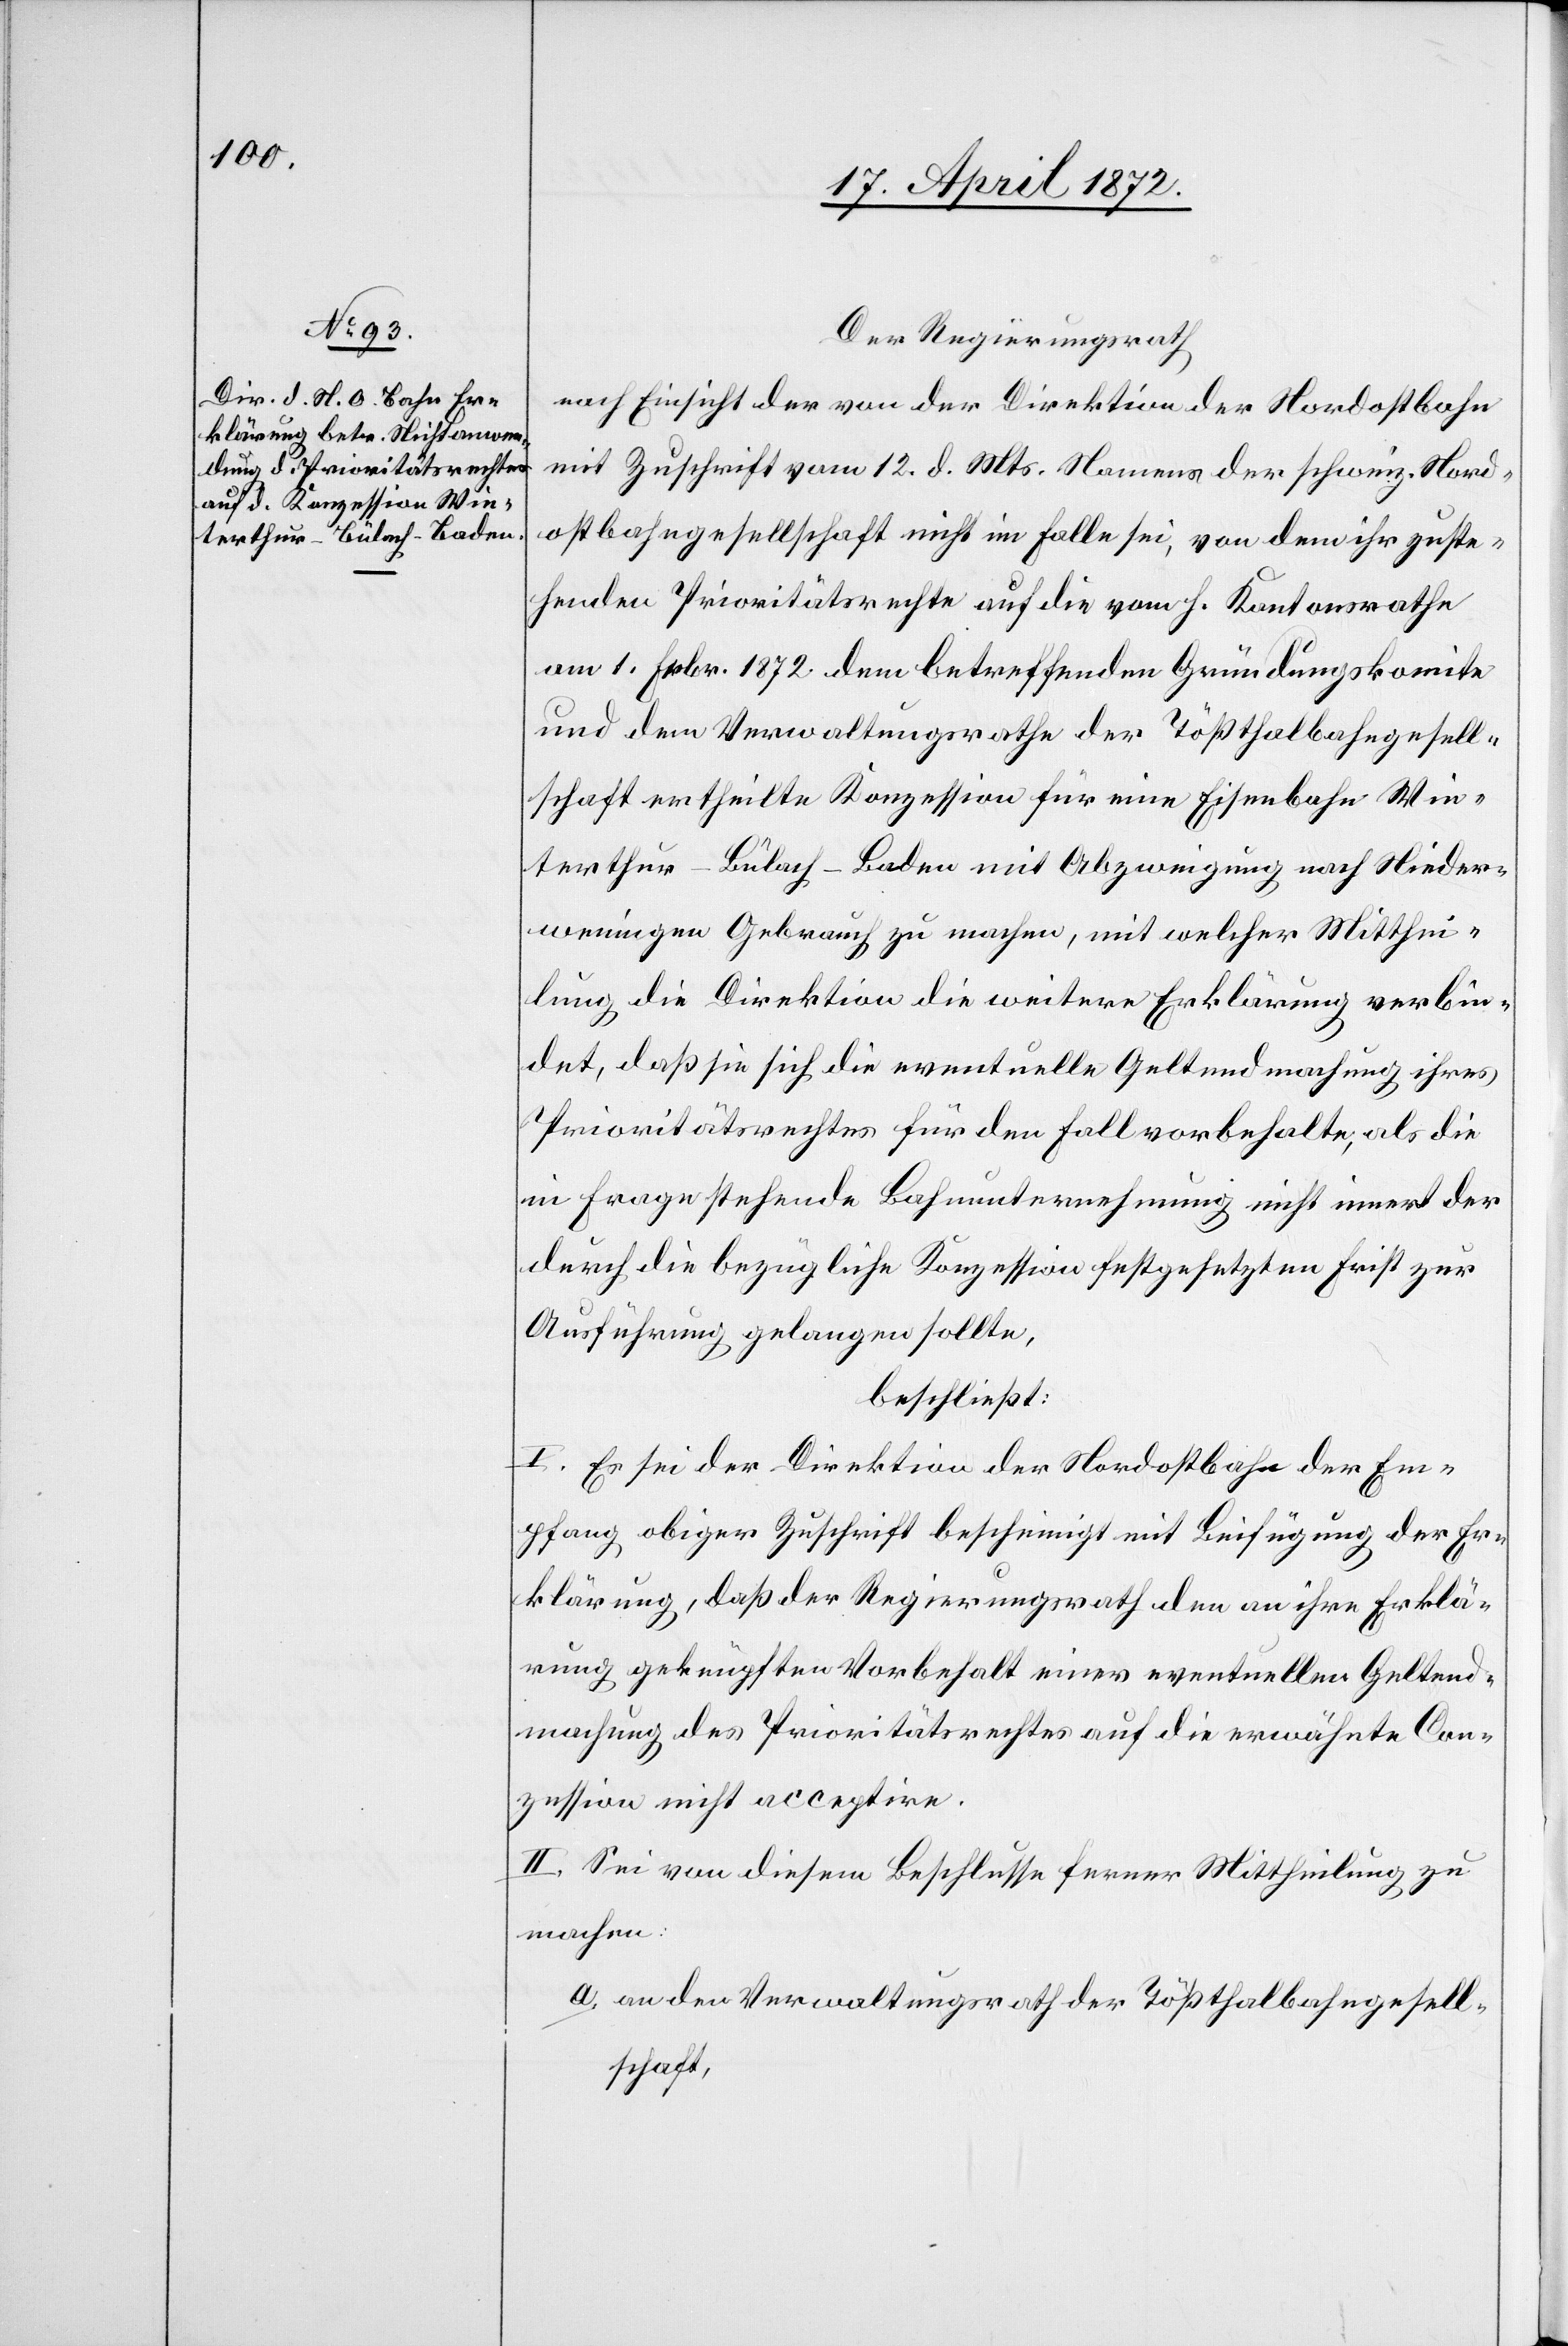
Der Regierungsrath
nach Einsicht der von der Direktion der Nordostbahn
mit Zuschrift vom 12. d. Mts. Namens der schweiz. Nord¬
ostbahngesellschaft nicht im Falle sei [sic!], von dem ihr gutste¬
henden Prioritätsrechte auf die vom H. Kantonsrathe
am 1. Febr. 1872. dem betreffenden Gründungskomite
und dem Verwaltungsrathe der Tößthalbahngesell¬
schaft ertheilte Konzession für eine Eisenbahn Win¬
terthur–Bülach–Baden mit Abzweigung nach Nieder¬
weningen Gebrauch zu machen, mit welcher Mitthei¬
lung die Direktion die weitere Erklärung verbin¬
det, daß sie sich die eventuelle Geltendmachung ihres
Prioritätsrechtes für den Fall vorbehalte, als die
in Frage stehende Bahnunternehmung nicht innert der
durch die bezügliche Konzession festgesetzten Frist zur
Ausführung gelangen sollte,
beschließt:
I. Es sei der Direktion der Nordostbahn der Em¬
pfang obiger Zuschrift bescheinigt mit Beifügung der Er¬
klärung, daß der Regierungsrath den an ihre Erklä¬
rung geknüpften Vorbehalt einer eventuellen Geltend¬
machung des Prioritätsrechtes auf die erwähnte Con¬
zession nicht acceptire.
II. Sei von diesem Beschlusse ferner Mittheilung zu
machen:
a. an den Verwaltungsrath der Tößthalbahngesell¬
schaft,